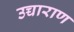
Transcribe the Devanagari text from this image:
उच्चाराण